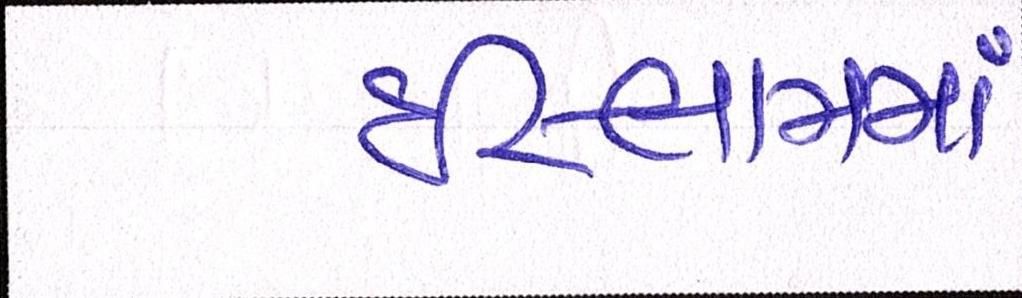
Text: ઇસ્લામમાં